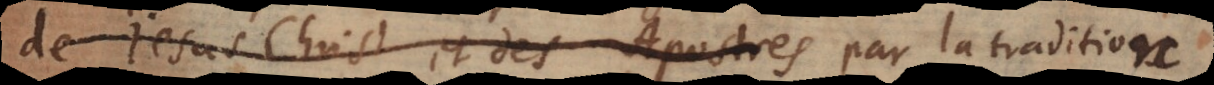
de Jesus Christ et des Apostres par la tradition